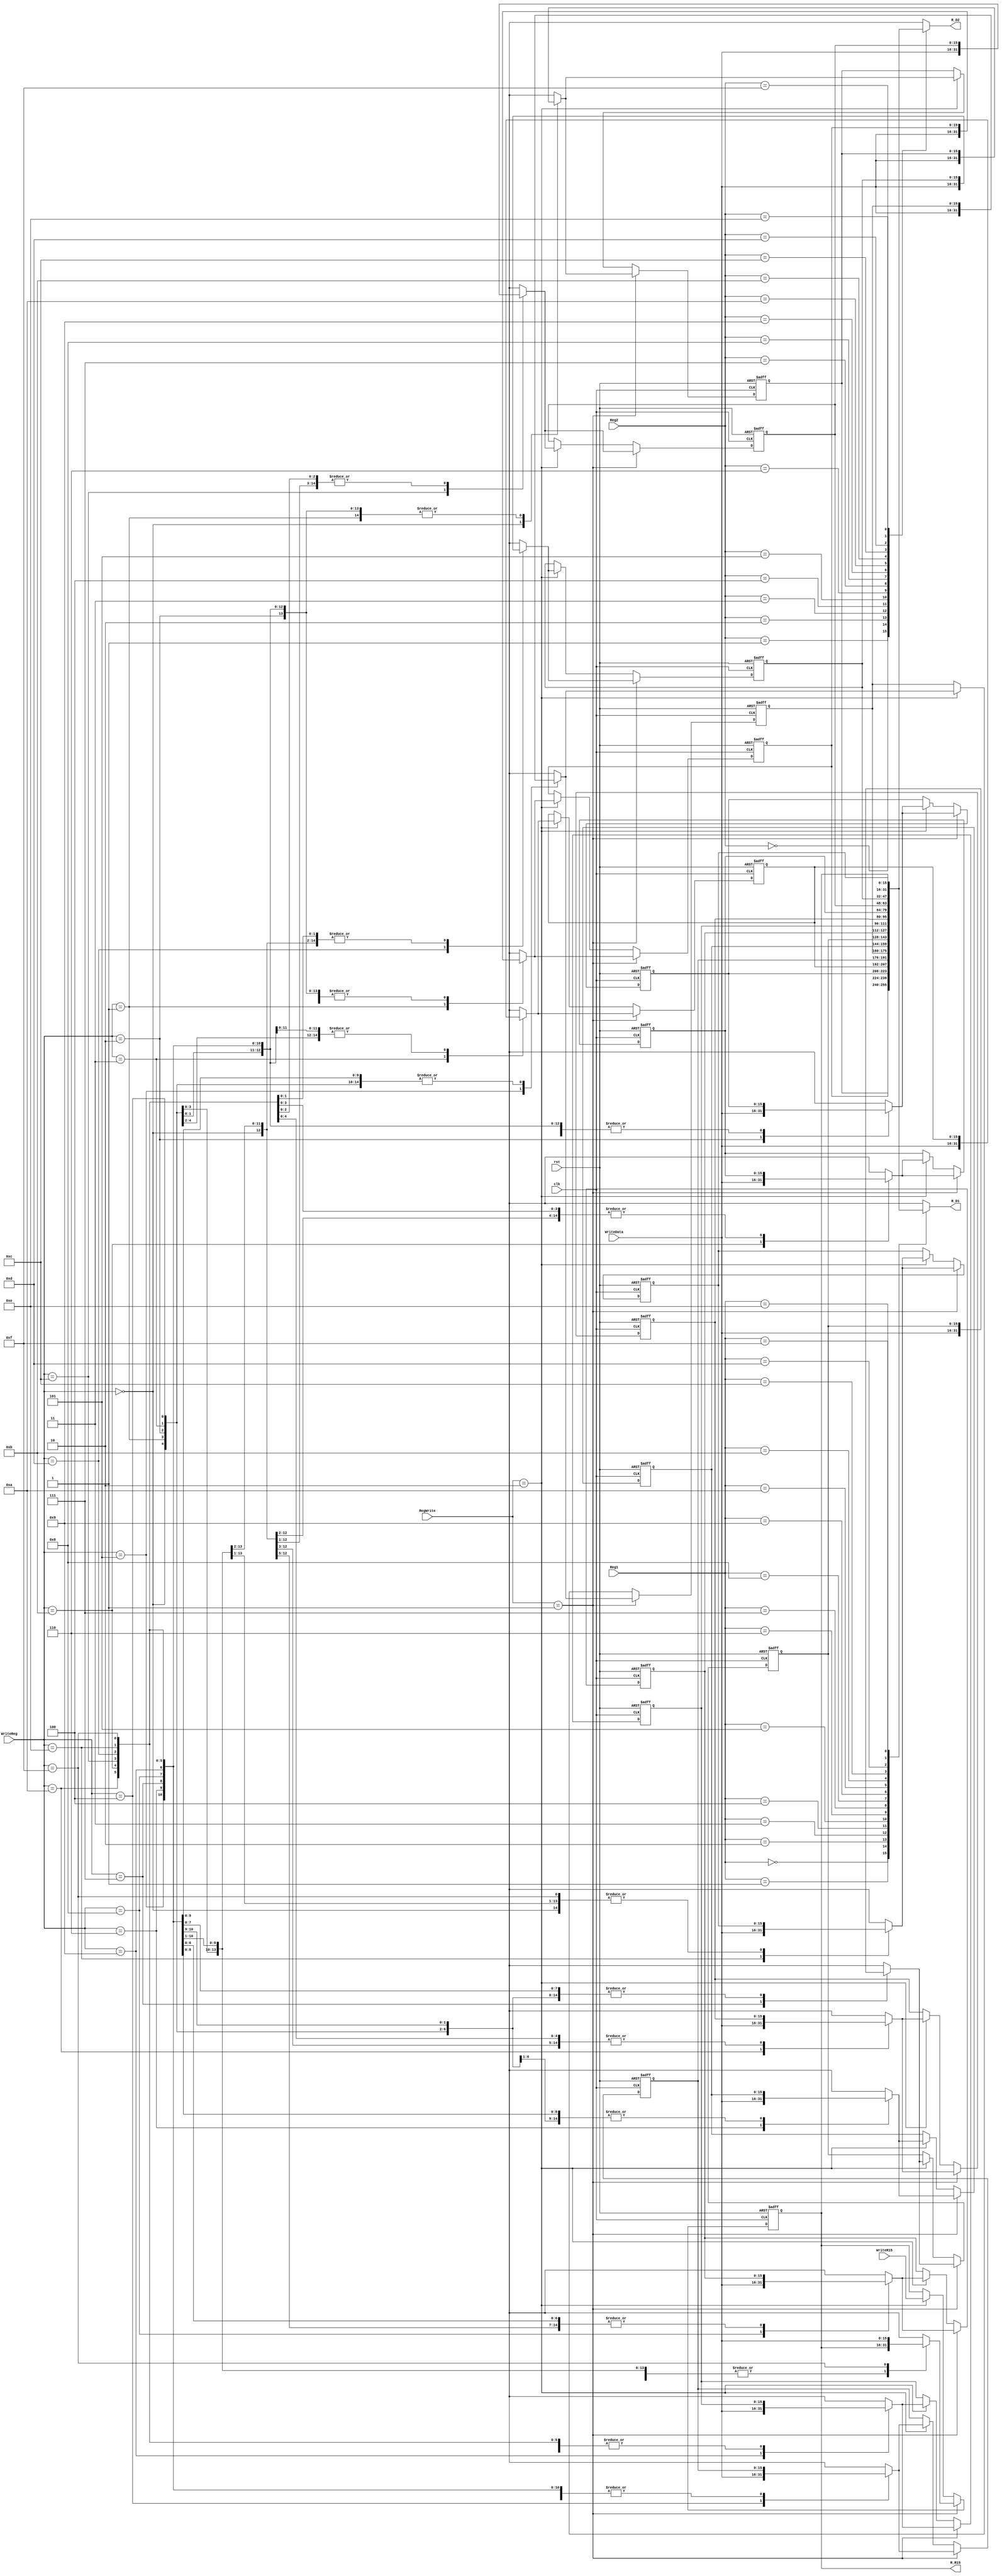
module RegFile (input [3:0] Reg1, Reg2, WriteReg, input [1:0] RegWrite,
	        input [15:0] WriteR15, WriteData, input clk, rst, 
		output reg [15:0] R_D1, R_D2, R_R15);

	reg [15:0] Register [15:0];

	
	always@(posedge clk or negedge rst) begin

		if(!rst) begin
		
			Register[0] <= 16'h0000;
			Register[1] <= 16'h7B18;
			Register[2] <= 16'h245B;
			Register[3] <= 16'hFF0F;
			Register[4] <= 16'hF0FF;
			Register[5] <= 16'h0051;
			Register[6] <= 16'h6666;
			Register[7] <= 16'h00FF;
			Register[8] <= 16'hFF88;
			Register[9] <= 16'h0000;
			Register[10] <= 16'h0000;
			Register[11] <= 16'h3099;
			Register[12] <= 16'hCCCC;
			Register[13] <= 16'h0002;
			Register[14] <= 16'h0011;
			Register[15] <= 16'h0000;

		end

		else if(RegWrite == 2'b01)
			Register[WriteReg] = WriteData;

		else if(RegWrite == 2'b10) begin
			Register[WriteReg] = WriteData;
			Register[15] = WriteR15;
		end

	end

	
	always@(*) begin

		R_D1 = Register[Reg1];
		R_D2 = Register[Reg2];
		R_R15 = Register[15]; 

	end

endmodule